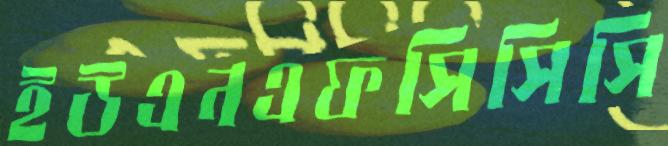
ইউএনএফসিসিসি